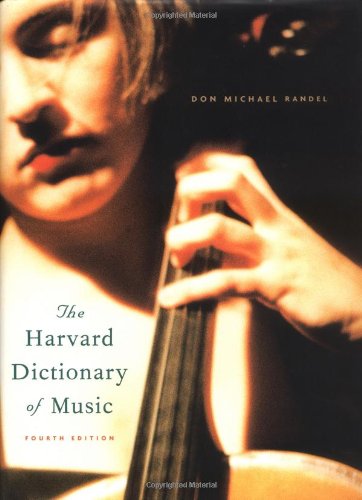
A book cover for The Harvard Dictionary of Music (Harvard University Press Reference Library); Arts & Photography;